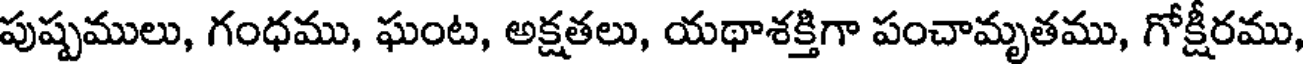
పుష్పములు, గంధము, ఘంట, అక్షతలు, యథాశక్తిగా పంచామృతము, గోక్షీరము,